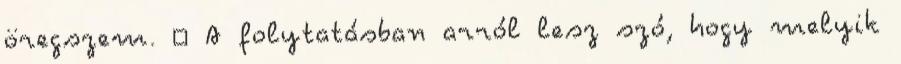
öregszem. 🙂 A folytatásban arról lesz szó, hogy melyik